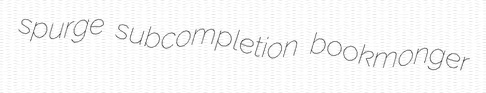
spurge subcompletion bookmonger